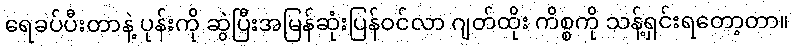
ရေခပ်ပီးတာနဲ့ ပုန်းကို ဆွဲပြီးအမြန်ဆုံးပြန်ဝင်လာ ဂျတ်ထိုး ကိစ္စကို သန့်ရှင်းရတော့တာ။